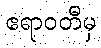
ဧရာဝတီမှ